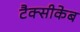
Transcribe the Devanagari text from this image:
टैक्सीकेब